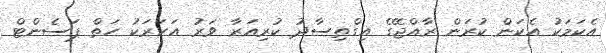
އެކަމަކު އެކަން ކުރަން ރާއްޖޭގެ އިގްތިސާދު ކުރިއަރާ ވަރު އަހަރަކު ހަތް ޕަސެންޓް